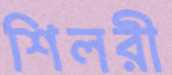
শিলরী